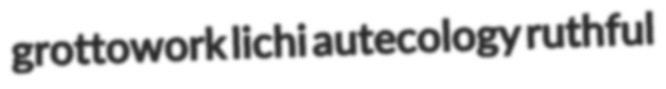
grottowork lichi autecology ruthful